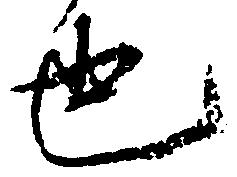
也